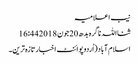
نیب اعلامیہ
ثنااللہ ناگرہ بدھ 20 جون 2018 16:44
اسلام آباد(اُردوپوائنٹ اخبارتازہ ترین۔